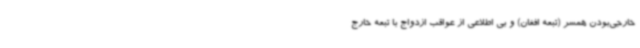
خارجی‌بودن همسر (تبعه افغان) و بی اطلاعی از عواقب ازدواج با تبعه خارج